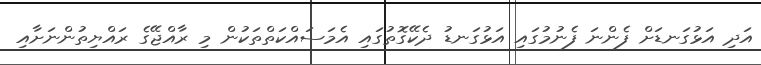
އަދި އަޅުގަނޑަށް ފެންނަ ފެނުމުގައި އަޅުގަނޑު ދެކޭގޮތުގައި އެމަސައްކަތްތަކުން މި ރާއްޖޭގެ ރައްޔިތުންނަށާއި